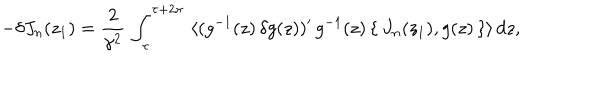
LaTeX: - \delta J _ { n } ( z _ { 1 } ) = \frac { 2 } { \gamma ^ { 2 } } \, \int _ { \tau } ^ { \tau + 2 \pi } \, \, \langle ( g ^ { - 1 } ( z ) \, \delta g ( z ) ) ^ { \prime } \, g ^ { - 1 } ( z ) \, \{ \, J _ { n } ( z _ { 1 } ) , g ( z ) \, \} \rangle \, d z ,